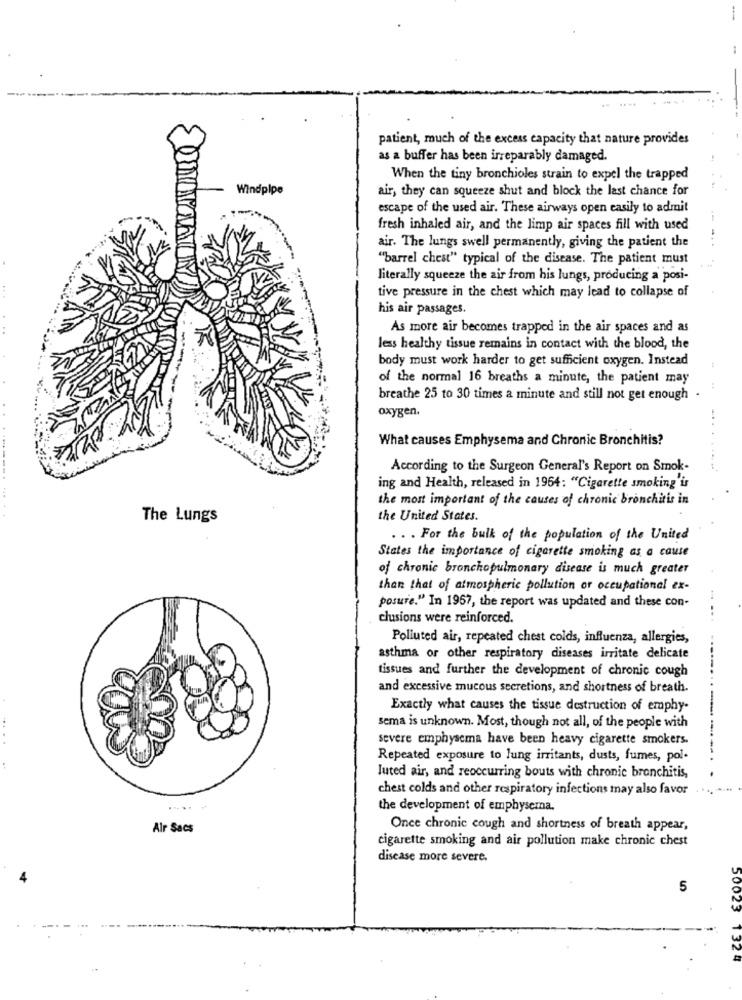
-
patient, much of the excess capacity that nature provides
as a buffer has been irreparably damaged.
When the tiny bronchioles strain to expel the trapped
Windpipe
air, they can squeeze shut and block the last chance for
escape of the used air. These airways open easily to admit
fresh inhaled air, and the limp air spaces fill with used
air. The lungs swell permanently, giving the patient the
"barrel chest" typical of the disease. The patient must
literally squeeze the air from his lungs, producing a posi-
tive pressure in the chest which may lead to collapse of
his air passages.
As more air becomes trapped in the air spaces and as
less healthy tissue remains in contact with the blood, the
body must work harder to get sufficient oxygen. Instead
of the normal 16 breaths a minute, the patient may
breathe 25 to 30 times a minute and still not get enough .
oxygen.
What causes Emphysema and Chronic Bronchitis?
According to the Surgeon General's Report on Smok-
---.
ing and Health, released in 1964: "Cigarette smoking'is
the most important of the causes of chronic bronchitis in
The Lungs
the United States.
. . . For the bulk of the population of the United
States the importance of cigarette smoking as a cause
of chronic bronchopulmonary disease is much greater
than that of atmospheric pollution or occupational ex-
posure." In 1967, the report was updated and these con-
clusions were reinforced.
...
Polluted air, repeated chest colds, influenza, allergies,
asthma or other respiratory diseases irritate delicate
tissues and further the development of chronic cough
and excessive mucous secretions, and shortness of breath.
Exactly what causes the tissue destruction of emphy-
sema is unknown. Most, though not all, of the people with
severe emphysema have been heavy cigarette smokers.
Repeated exposure to lung irritants, dusts, fumes, pol-
Juted air, and reoccurring bouts with chronic bronchitis,
chest colds and other respiratory infections may also favor
the development of emphysema.
Alr Sacs
Once chronic cough and shortness of breath appear,
cigarette smoking and air pollution make chronic chest
disease more severe.
5
50023 1324